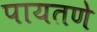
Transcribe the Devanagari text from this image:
पायतणे